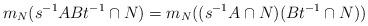
LaTeX: \begin{align*}m_N(s^{-1}ABt^{-1} \cap N) = m_N((s^{-1} A \cap N)(Bt^{-1} \cap N)) \end{align*}